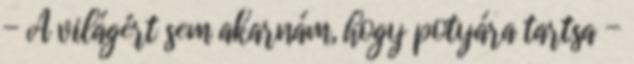
- A világért sem akarnám, hogy potyára tartsa -